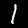
Label: 1